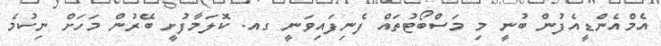
އެމްއެންޑީއެފުން ބުނީ މި މަސްބޯޓުތައް ފެނިފައިވަނީ ގއ. ކޮލަމާފުށީ ބޭރުން މަހަށް ނިކުމެ